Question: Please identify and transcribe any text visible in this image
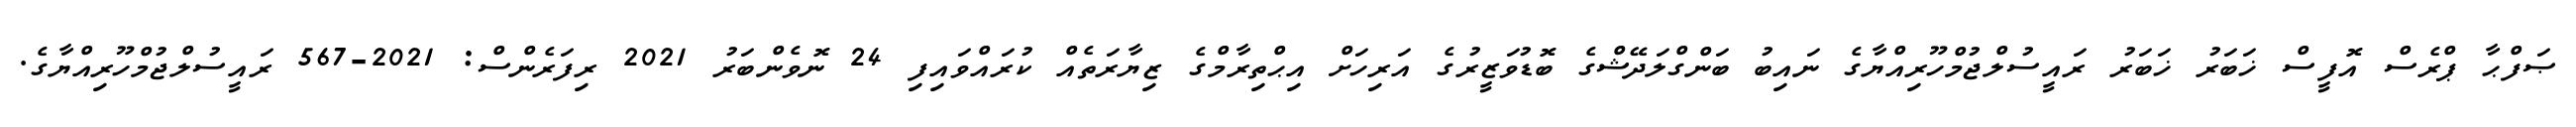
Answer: ޞަފްޙާ ޕްރެސް އޮފީސް ޚަބަރު ޚަބަރު ރައީސުލްޖުމްހޫރިއްޔާގެ ނައިބު ބަންގްލަދޭޝްގެ ބޮޑުވަޒީރުގެ އަރިހަށް އިޙްތިރާމްގެ ޒިޔާރަތެއް ކުރައްވައިފި 24 ނޮވެންބަރު 2021 ރިފަރެންސް: 2021-567 ރައީސުލްޖުމްހޫރިއްޔާގެ.